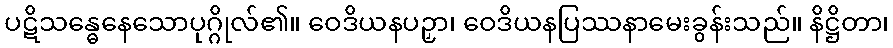
ပဋိသန္ဓေနေသောပုဂ္ဂိုလ်၏။ ဝေဒိယနပဉှာ၊ ဝေဒိယနပြဿနာမေးခွန်းသည်။ နိဋ္ဌိတာ၊